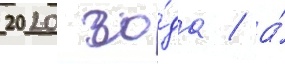
2020 го́да / а́